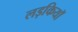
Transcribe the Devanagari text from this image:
लड़कियाॅ